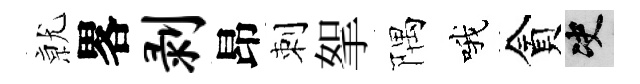
𭕒畧剥昂刺挐隅哦貪决